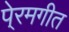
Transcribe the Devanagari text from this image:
पे्रमगीत